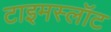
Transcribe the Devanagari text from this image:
टाइमस्लॉट